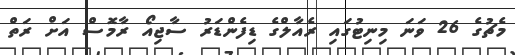
މެޗުގެ 26 ވަނަ މިނިޓުގައި ރެއާލްގެ ޑިފެންޑަރު ސާޖިއޯ ރާމޮސް އަށް ރަތް